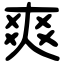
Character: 爽